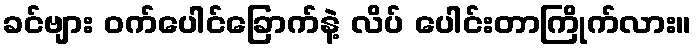
ခင်ဗျား ဝက်ပေါင်ခြောက်နဲ့ လိပ် ပေါင်းတာကြိုက်လား။